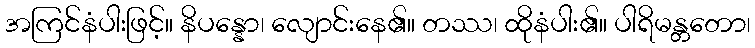
အကြင်နံပါးဖြင့်။ နိပန္နော၊ လျောင်းနေ၏။ တဿ၊ ထိုနံပါး၏။ ပါရိမန္တတော၊